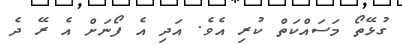
ގުޅޭތޯ މަސައްކަތް ކުރި އެވެ. އަދި އެ ފޯނަށް އެ ރޭ ދެ